Insane asylums in Bengal annual reports 1876-1887 - 1876-1887
Year: 1876
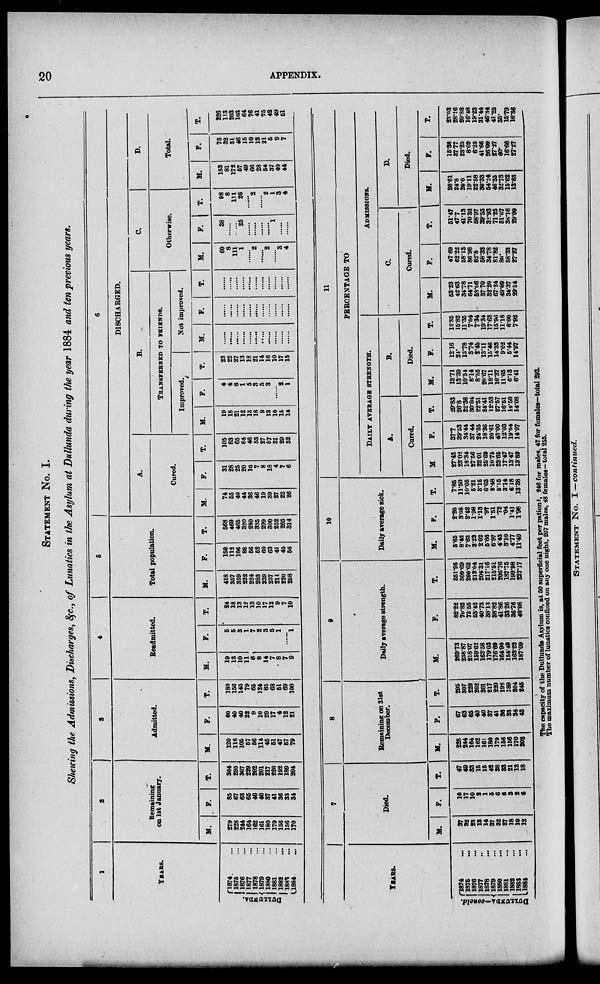
20
APPENDIX.
STATEMENT No. I.
Showing the Admissions, Discharges,&c., of Lunatics in the Asylum at Dullunda during the year 1884 and ten previous years.
1
YEARS.
DULLUNDA.
1874 ...
1875 ...
1876 ...
1877 ...
1878 ...
1879 ...
1880 ...
1881 ...
1882 ...
1883 ...
1884 ...
2
Remaining
on 1st January.
M.
279
228
244
164
162
161
180
179
156
156
170
F.
85
67
63
65
40
40
37
41
36
33
34
T.
364
295
307
289
202
201
217
220
198
189
204
3
Admitted.
M.
120
116
105
57
56
114
45
51
47
57
79
F.
60
40
40
22
9
10
20
17
4
12
21
T.
180
156
145
79
65
124
65
68
51
69
100
4
Readmitted.
M.
19
18
10
11
6
8
14
7
8
7
9
F.
5
5
3
1
7
2
3
5
1
......
1
T.
24
18
13
12
13
10
17
12
9
7
10
5
Total population.
M.
418
357
359
232
224
283
239
237
211
820
258
F.
150
112
106
88
56
52
60
63
41
45
56
T.
568
469
465
320
280
335
299
300
252
265
314
6
DISCHARGED.
A.
Cured.
M.
74
55
40
44
36
46
19
39
27
22
26
F.
31
28
25
20
10
7
8
18
4
7
6
T.
105
83
65
64
46
53
27
57
31
29
32
B.
TRANSFEREED TO FRIENDS.
Improved.
M.
19
18
21
12
13
18
9
13
10
15
14
F.
4
4
6
1
5
3
5
3
......
2
1
T.
23
22
27
13
18
21
14
16
10
17
15
Not improved.
M.
......
......
......
......
......
......
......
......
......
......
......
F.
......
......
......
......
......
......
......
......
......
......
......
T.
......
......
......
......
......
......
......
......
......
......
......
C.
Otherwise.
M.
60
8
111
1
......
2
......
2
......
3
4
F.
38
......
......
25
......
......
......
......
1
......
......
T.
98
8
111
26
......
2
......
2
1
3
4
D.
Total.
M.
153
81
172
57
49
66
28
54
37
40
44
P.
73
32
31
46
15
10
13
21
6
9
7
T.
226
113
203
103
64
76
41
75
42
49
51
YEARS.
DULLUNDA-coneld.
1874
...
1875 ...
1876 ...
1877 ...
1878 ...
1879 ...
1880
...
1881 ...
1882 ...
1883 ...
1884 ...
7
Died.
M.
37
32
23
13
14
37
32
27
18
19
12
F.
10
17
10
2
1
5
6
6
3
2
6
T.
47
49
33
15
15
42
38
33
21
12
18
8
Remaining on 31st
December.
M.
228
244
164
162
161
180
179
156
156
170
202
F.
67
63
65
40
40
37
41
36
33
34
43
T.
295
307
229
202
201
217
220
198
189
204
245
9
Daily average strength.
M.
269.73
238.87
218.07
159.62
163.58
179.03
176.69
164.90
154.49
163.22
187.09
F.
82.22
70.82
72.55
53.42
40.73
38.13
38.82
41.86
33.26
36.76
40.08
T.
351.95
309.69
290.62
213.04
204.31
217.16
215.51
206.76
187.75
199.98
227.17
10
Daily average sick.
M.
5.65
8.42
7.63
3.23
2.02
5.66
6.97
4.43
3.10
4.77
11.40
F.
2.20
3.08
2.42
1.98
1.13
.97
1.51
.72
.04
1.41
1.98
T.
7.85
11.50
10.05
5.21
3.15
6.63
8.48
5.15
3.14
6.18
13.38
11
PERCENTAGE TO
DAILY AVERAGE STRENGTH.
A.
Cured.
M
27.43
23.02
18.84
27.56
2201
25.69
10.75
23.65
17.47
13.47
13.89
F.
37.7
39.53
34.44
37.44
24.55
18.36
20.61
43.00
12.03
19.04
14.97
T.
29.83
26.8
22.36
30.04
22.51
24.41
12.53
27.57
16.51
14.50
14.08
B.
Died.
M.
13.71
13.39
10.54
8.14
8.55
20.67
18.11
16.37
11.65
6.13
6.41
F.
12.16
24.
13.78
3.74
2.45
13.11
15.46
14.33
9.02
5.44
14.97
T.
13.35
15.82
11.35
7.04
7.34
19.34
17.63
15.96
11.18
6.00
7.92
ADMISSIONS.
C.
Cured.
M.
53.23
42.63
34.78
64.71
53.06
37.70
32.20
67.24
49.09
34.37
29.54
F.
47.69
62.22
58.13
86.98
62.6
58.33
34.78
81.82
80.
58.33
27.27
T.
51.47
47.7
41.13
70.33
58.97
39.55
32.93
71.25
51.67
38.16
29.09
D.
Died.
M.
26.61
24.8
20.0
19.11
22.58
30.33
54.24
46.55
32.73
15.62
13.63
F.
15.38
37.77
23.23
8.69
6.25
41.66
26.09
27.37
60.
16.66
27.27
T.
23.03
28.16
20.88
16.48
19.23
31.44
46.34
41.25
35.
15.79
16.36
The capacity of the Dullunda Asylum is, at 50 superficial feet per patient, 246 for males. 47 for females—total 293.
The maximum number of lunatics confined on any one night, 207 males, 48 females—total 255.